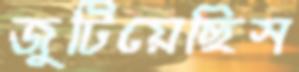
জুটিয়েছিস